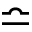
\bumpeq